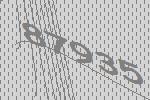
87935